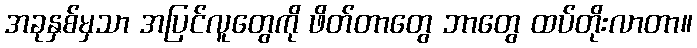
အခုနှစ်မှသာ အပြင်လူတွေကို ဖိတ်တာတွေ ဘာတွေ ထပ်တိုးလာတာ။